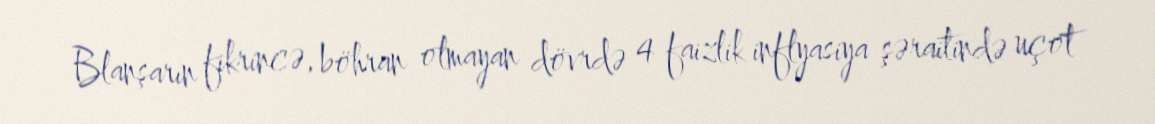
Blanşarın fikrincə, böhran olmayan dövrdə 4 faizlik inflyasiya şəraitində uçot